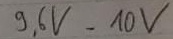
Text: 9,6V-10V